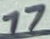
Text: 17